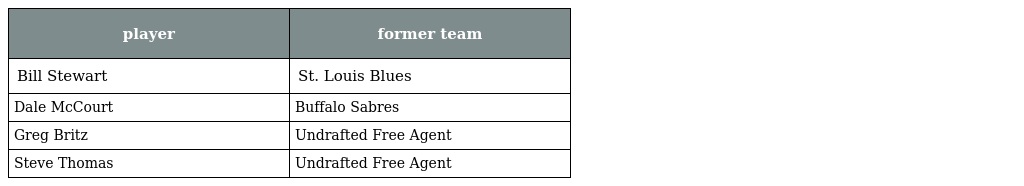
| player | former team |
 | --- | --- |
 | Bill Stewart | St. Louis Blues |
 | Dale McCourt | Buffalo Sabres |
 | Greg Britz | Undrafted Free Agent |
 | Steve Thomas | Undrafted Free Agent |